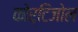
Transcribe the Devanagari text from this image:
कोर्टिजोल